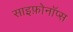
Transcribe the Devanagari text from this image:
साइफ़ोनॉप्स